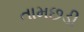
તામછડી